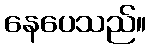
နေပေသည်။